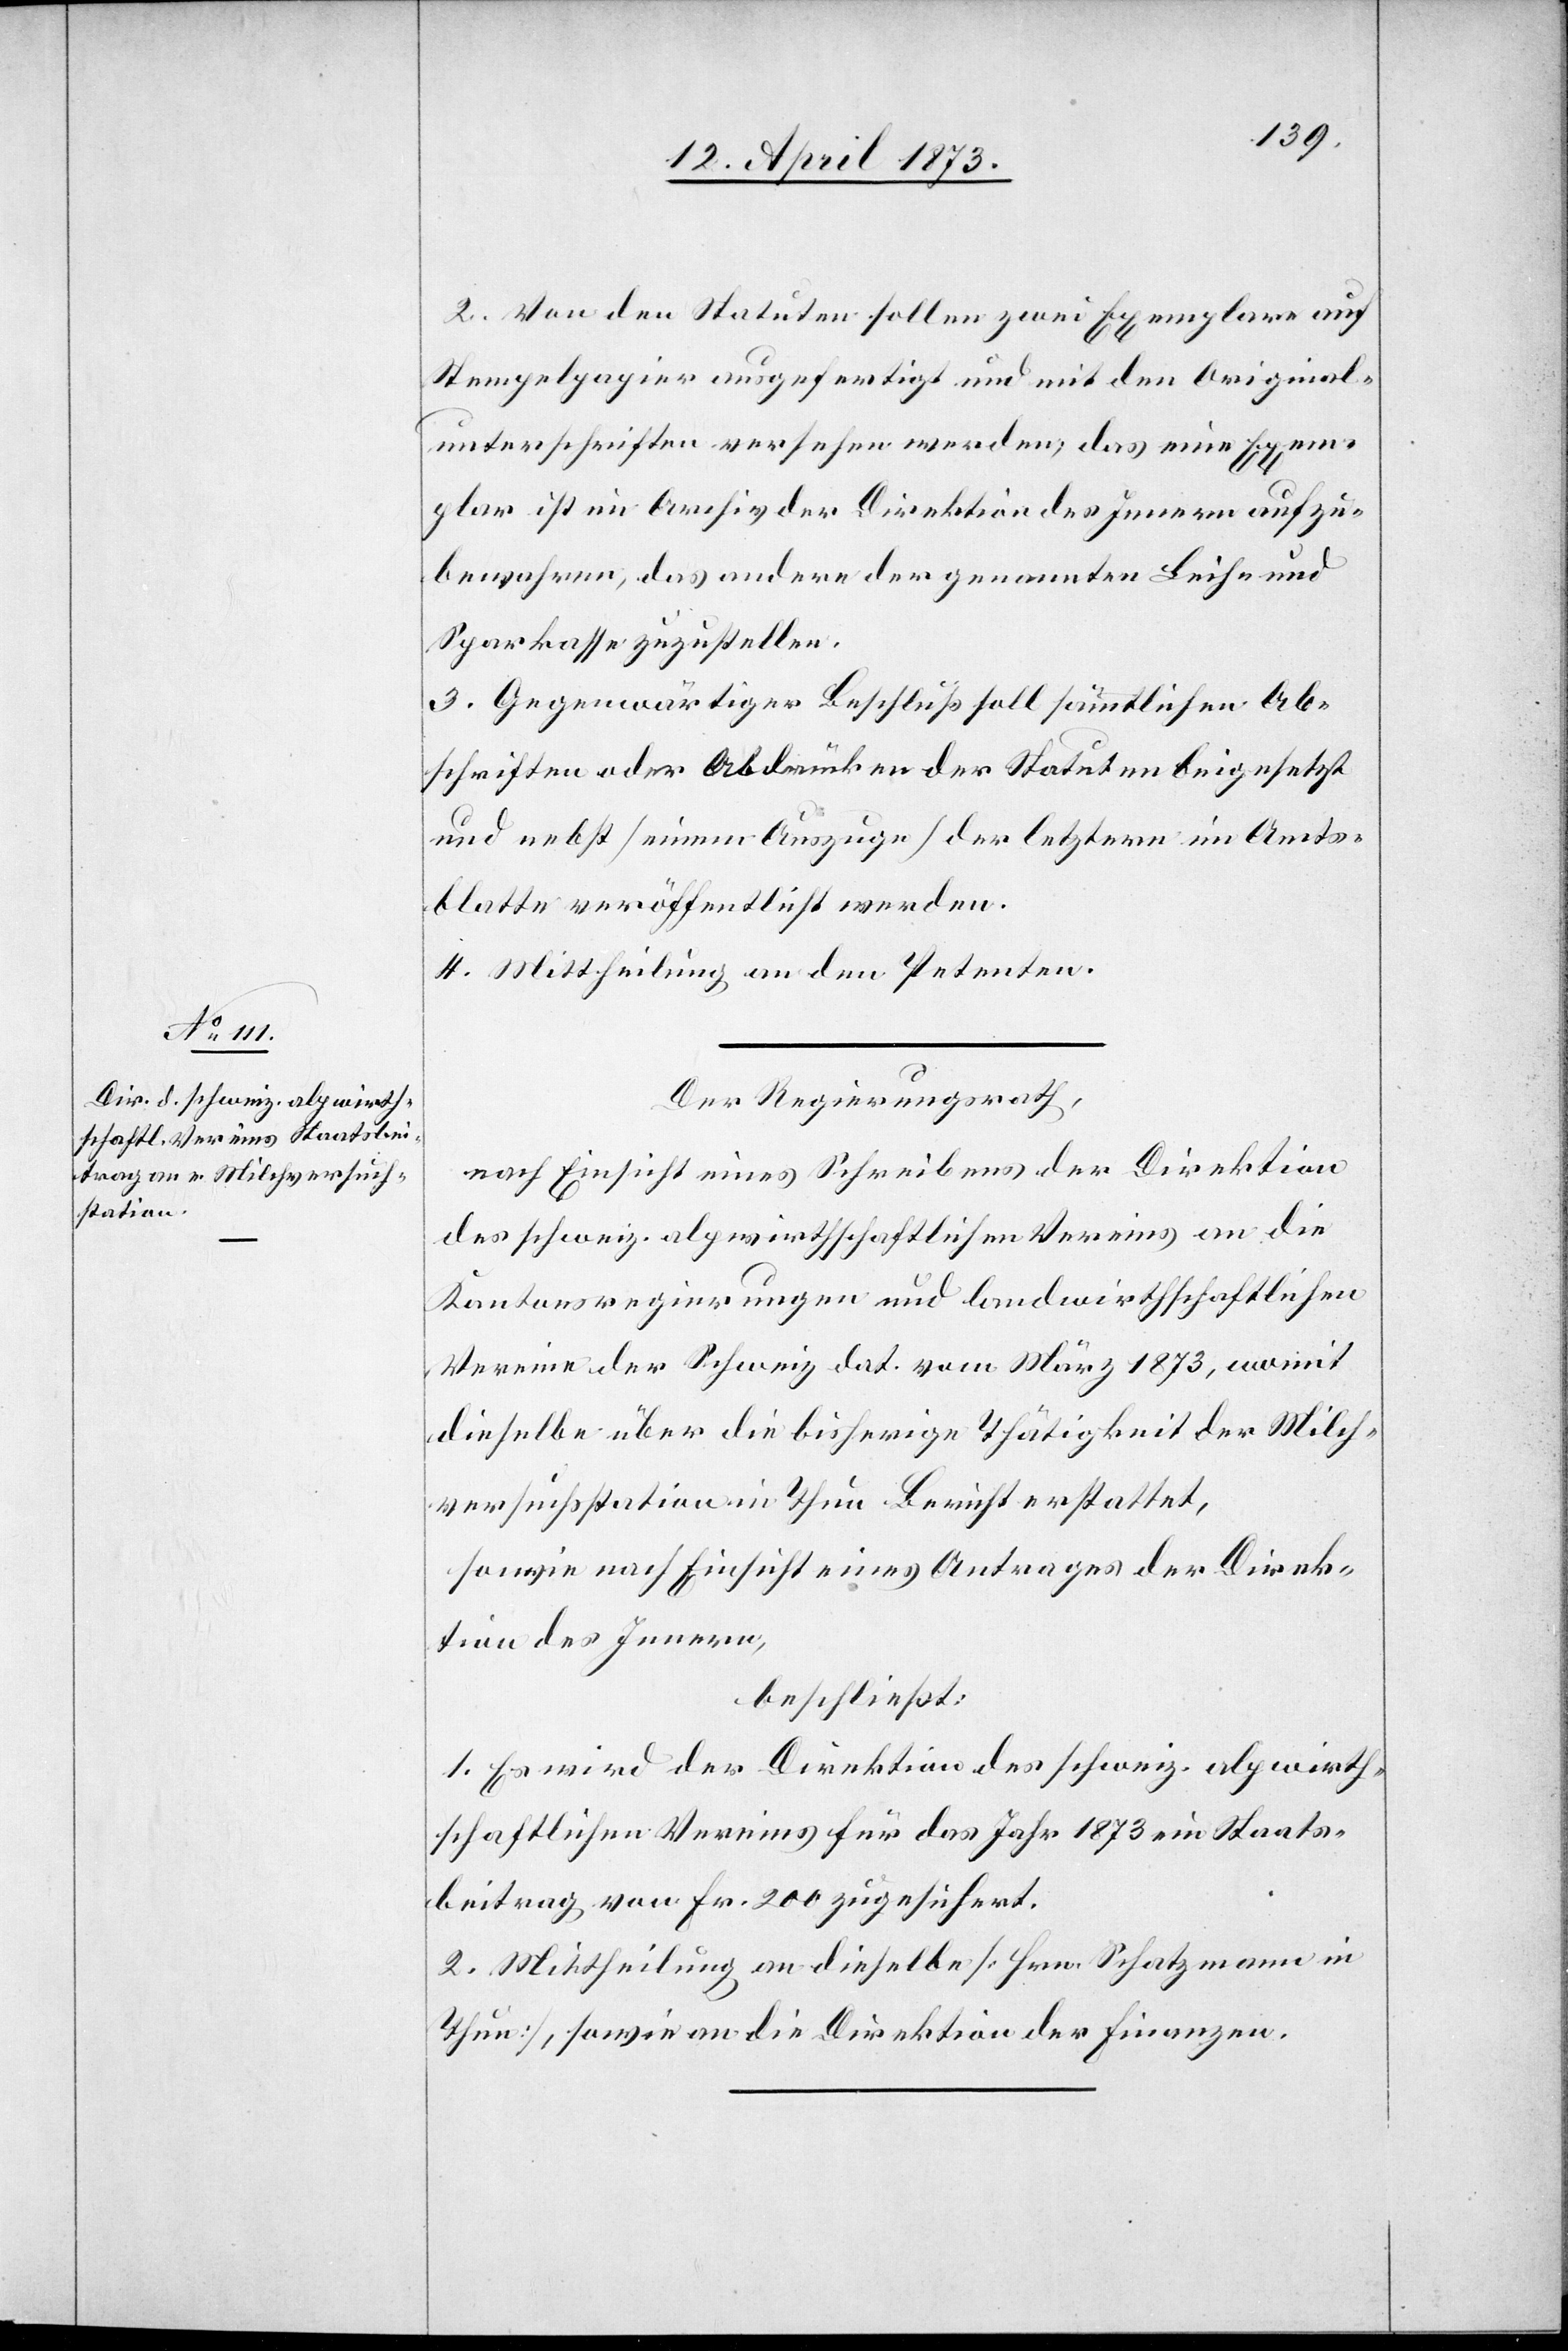
2. Von den Statuten sollen zwei Exemplare auf
Stempelpapier ausgefertigt und mit den Original¬
unterschriften versehen werden, das eine Exem¬
plar ist im Archiv der Direktion des Innern aufzu¬
bewahren, das andere der genannten Leih- und
Sparkasse zuzustellen.
3. Gegenwärtiger Beschluß soll sämmtlichen Ab¬
schriften oder Abdrücken der Statuten beigesetzt
und nebst [einem Auszuge] der letztern im Amts¬
blatte veröffentlicht werden.
4. Mittheilung an den Petenten.
Der Regierungsrath,
nach Einsicht eines Schreibens der Direktion
des schweiz. alpwirthschaftlichen Vereins an die
Kantonsregierungen und landwirtschaftlichen
Vereine der Schweiz dat. vom März 1873, womit
dieselbe über die bisherige Thätigkeit der Milch¬
versuchsstation in Thun Bericht erstattet,
sowie nach Einsicht eines Antrages der Direk¬
tion des Innern,
beschließt:
1. Es wird der Direktion des schweiz. alpwirth¬
schaftlichen Vereins für das Jahr 1873 ein Staats¬
beitrag von Fr. 200 zugesichert.
2. Mittheilung an dieselbe [Hrn. Schatzmann in
Thun], sowie an die Direktion der Finanzen.